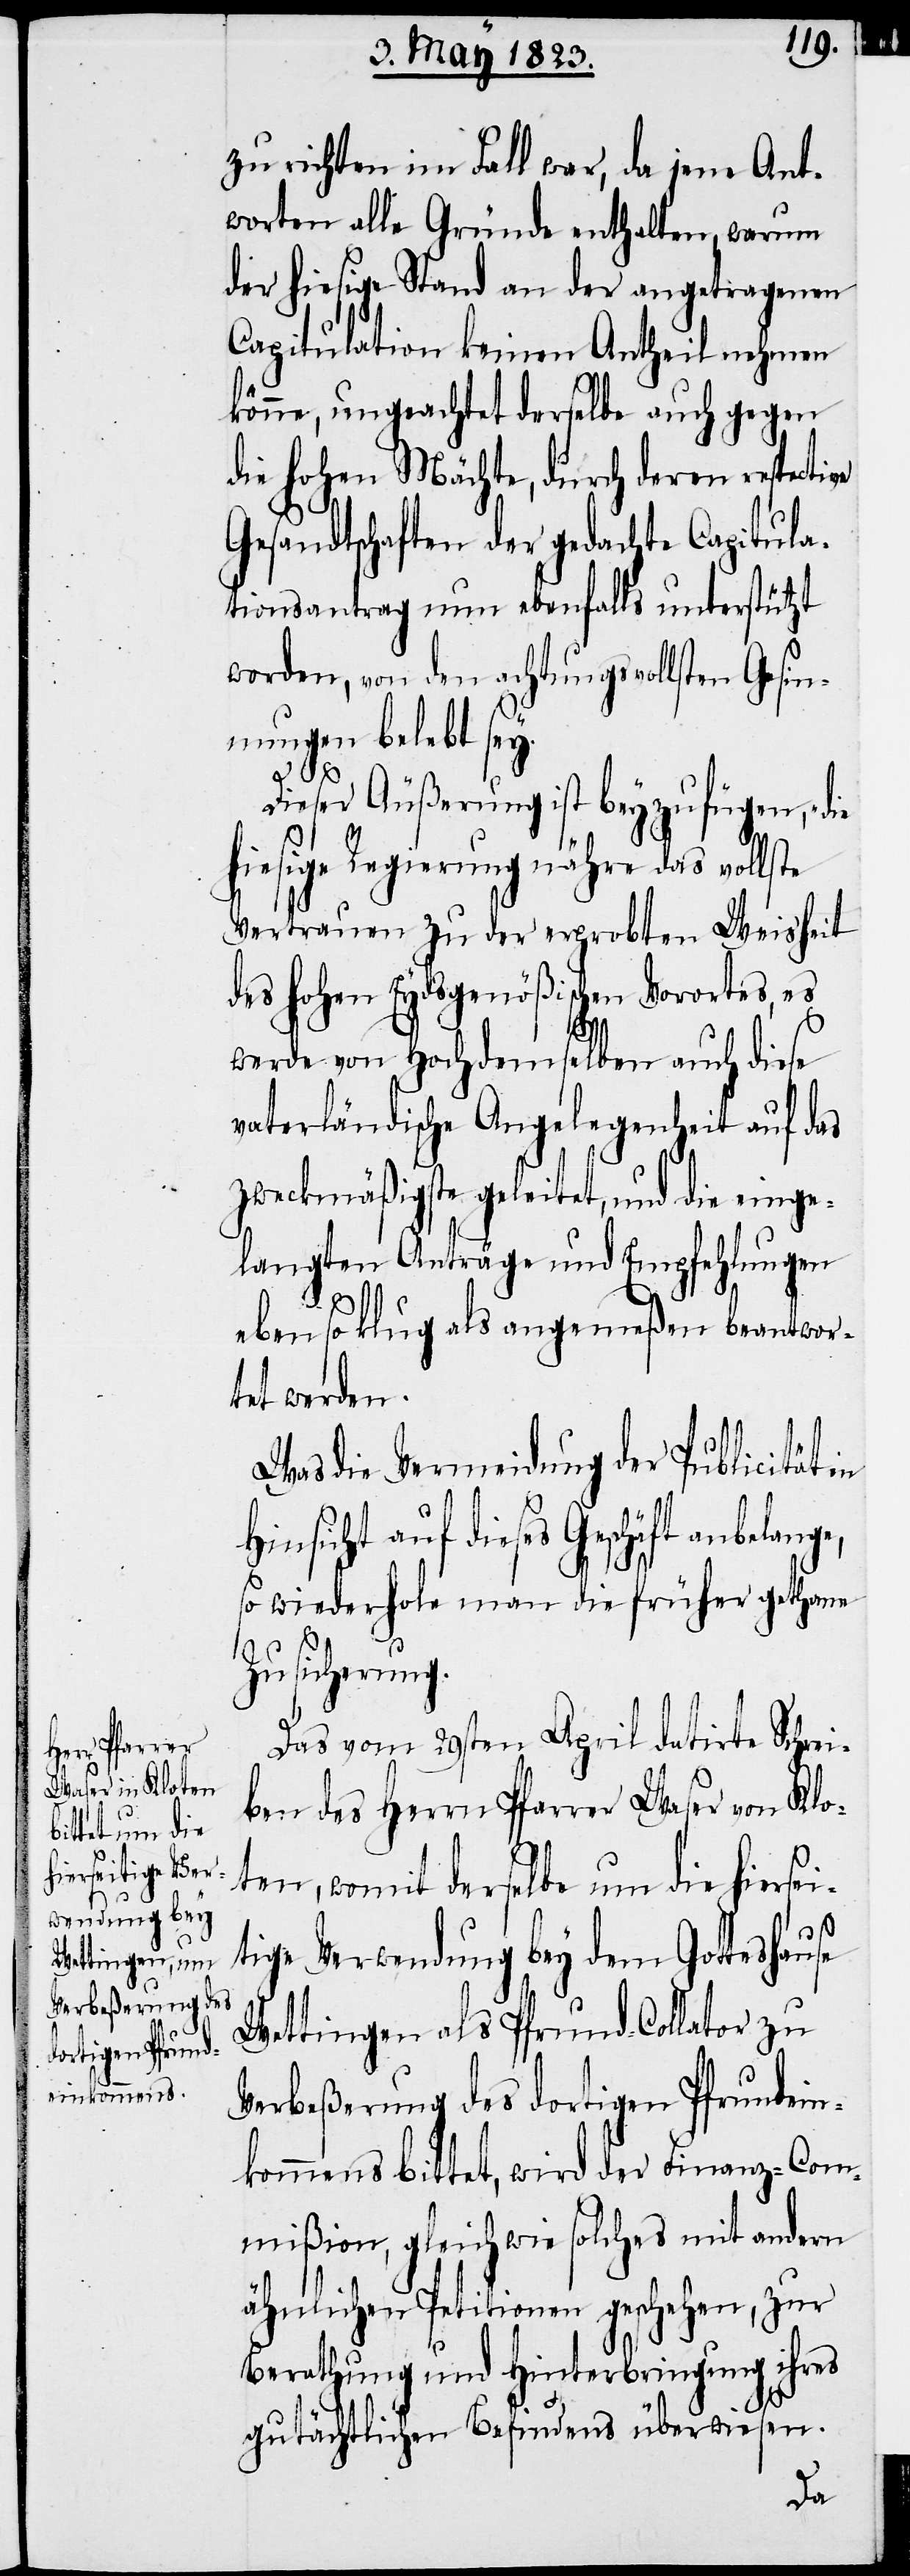
auf

zu richten im Fall war, da jene Ant¬
worten alle Gründe enthalten, warum
der hiesige Stand an der angetragenen
Capitulation keinen Antheil nehmen
könne, ungeachtet derselbe auch gegen
die hohen Mächte, durch deren respective
Gesandtschaften der gedachte Capitula¬
tionsantrag nun ebenfalls unterstützt
worden, von den achtungsvollsten Gesin¬
nungen belebt sey.
g.[“]
Dieser Äußerung ist beyzufügen, „die
hiesige Regierung nähre das vollste
Vertrauen zu der erprobten Weisheit
des hohen Eydsgenößischen Vorortes, es
e,
werde von Hochdemselben auch diese
vaterländische Angelegenheit auf das
zweckmäßigste geleitet, und die einge¬
langten Anträge und Empfehlungen
eben so klug als angemeßen beantwor¬
tet werden.
Was die Vermeidung der Publicität in
dieses Geschäft anbelang¬
so wiederhole man die früher gethane
Zusicherun¬
Das vom 29sten April datirte Schrei¬
ben des Herrn Pfarrer Waser von Klo¬
ten, womit derselbe um die hierse¬
itige Verwendung bey dem Gotteshause
Wettingen als Pfrund-Collator zu
Verbeßerung des dortigen Pfrundein¬
kommens bittet, wird der Finanz-Com¬
mißion, gleichwie solches mit andern
ähnlichen Petitionen geschehen, zur
Berathung und Hinterbringung ihres
gutächtlichen Befindens überwiesen.